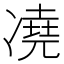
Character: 𪞭